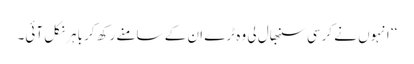
‘‘ انہوں نے کرسی سنبھال لی وہ ٹرے ان کے سامنے رکھ کر باہر نکل آئی۔